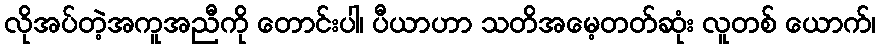
လိုအပ်တဲ့အကူအညီကို တောင်းပါ၊ ပီယာဟာ သတိအမေ့တတ်ဆုံး လူတစ် ယောက်၊